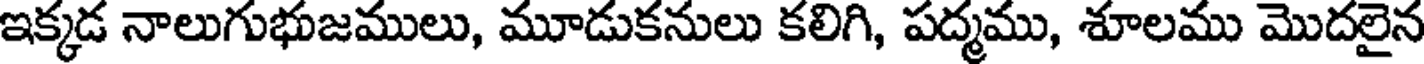
ఇక్కడ నాలుగుభుజములు, మూడుకనులు కలిగి, పద్మము, శూలము మొదలైన